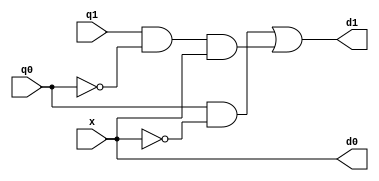
module nsg(q1, q0, x, d1, d0);
    input q1, q0, x;
    output d1, d0;

    assign d0 = x;
    assign d1 = (q0 & ~x) | (q1 & ~q0 & x);
endmodule